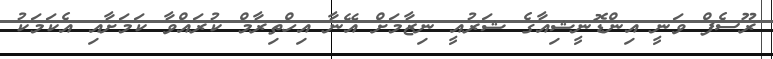
ރޫސެފް ވަނީ އިންޑޮނީޝިއާގެ ޝަރުއީ ނިޒާމަށް އޭނާ އިހްތިރާމް ކުރައްވާ ކަމަށާއި އެކަމަކު